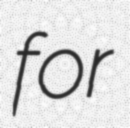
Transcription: for